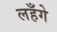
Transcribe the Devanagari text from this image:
लहँगे